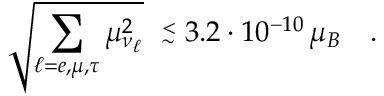
\sqrt { \sum _ { \ell = e , \mu , \tau } \mu _ { \nu _ { \ell } } ^ { 2 } } \ \stackrel { < } { _ \sim } 3 . 2 \cdot 1 0 ^ { - 1 0 } \, \mu _ { B } \ \ \ .